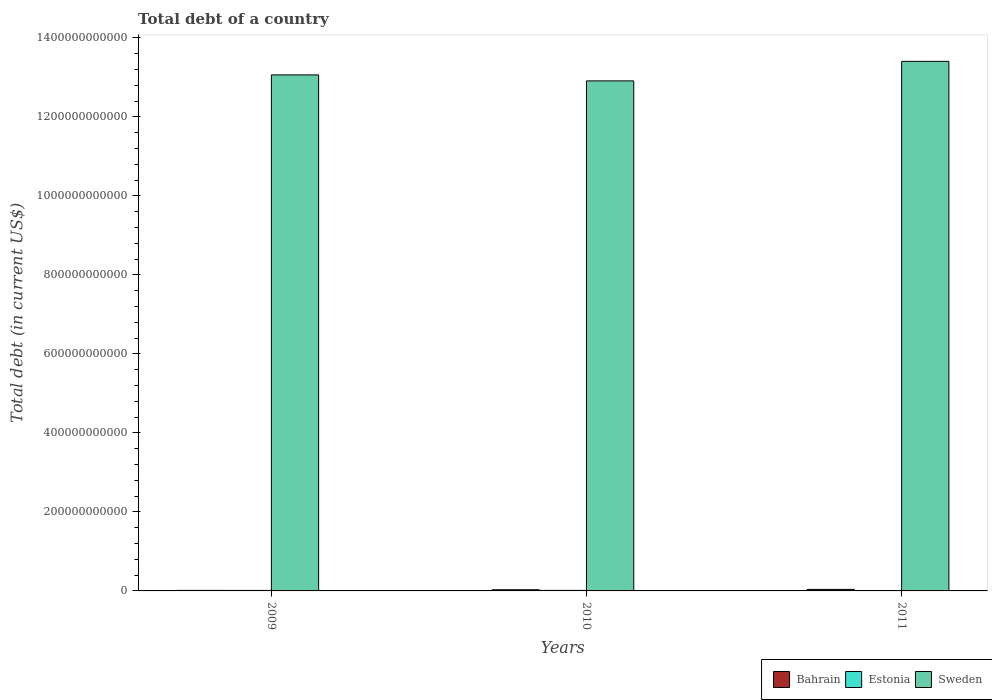
| Years | Bahrain | Estonia | Sweden |
 | --- | --- | --- | --- |
 | 2009 | 1.35e+09 | 1.25e+09 | 1.31e+12 |
 | 2010 | 2.93e+09 | 1.31e+09 | 1.29e+12 |
 | 2011 | 3.89e+09 | 1.08e+09 | 1.34e+12 |